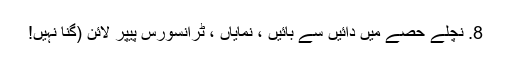
8. نچلے حصے میں دائیں سے بائیں ، نمایاں ، ٹرانسورس پیپر لائن (گنا نہیں!